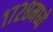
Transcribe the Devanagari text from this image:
१७२८मध्ये